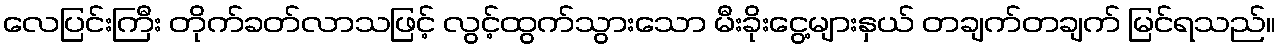
လေပြင်းကြီး တိုက်ခတ်လာသဖြင့် လွင့်ထွက်သွားသော မီးခိုးငွေ့များနှယ် တချက်တချက် မြင်ရသည်။